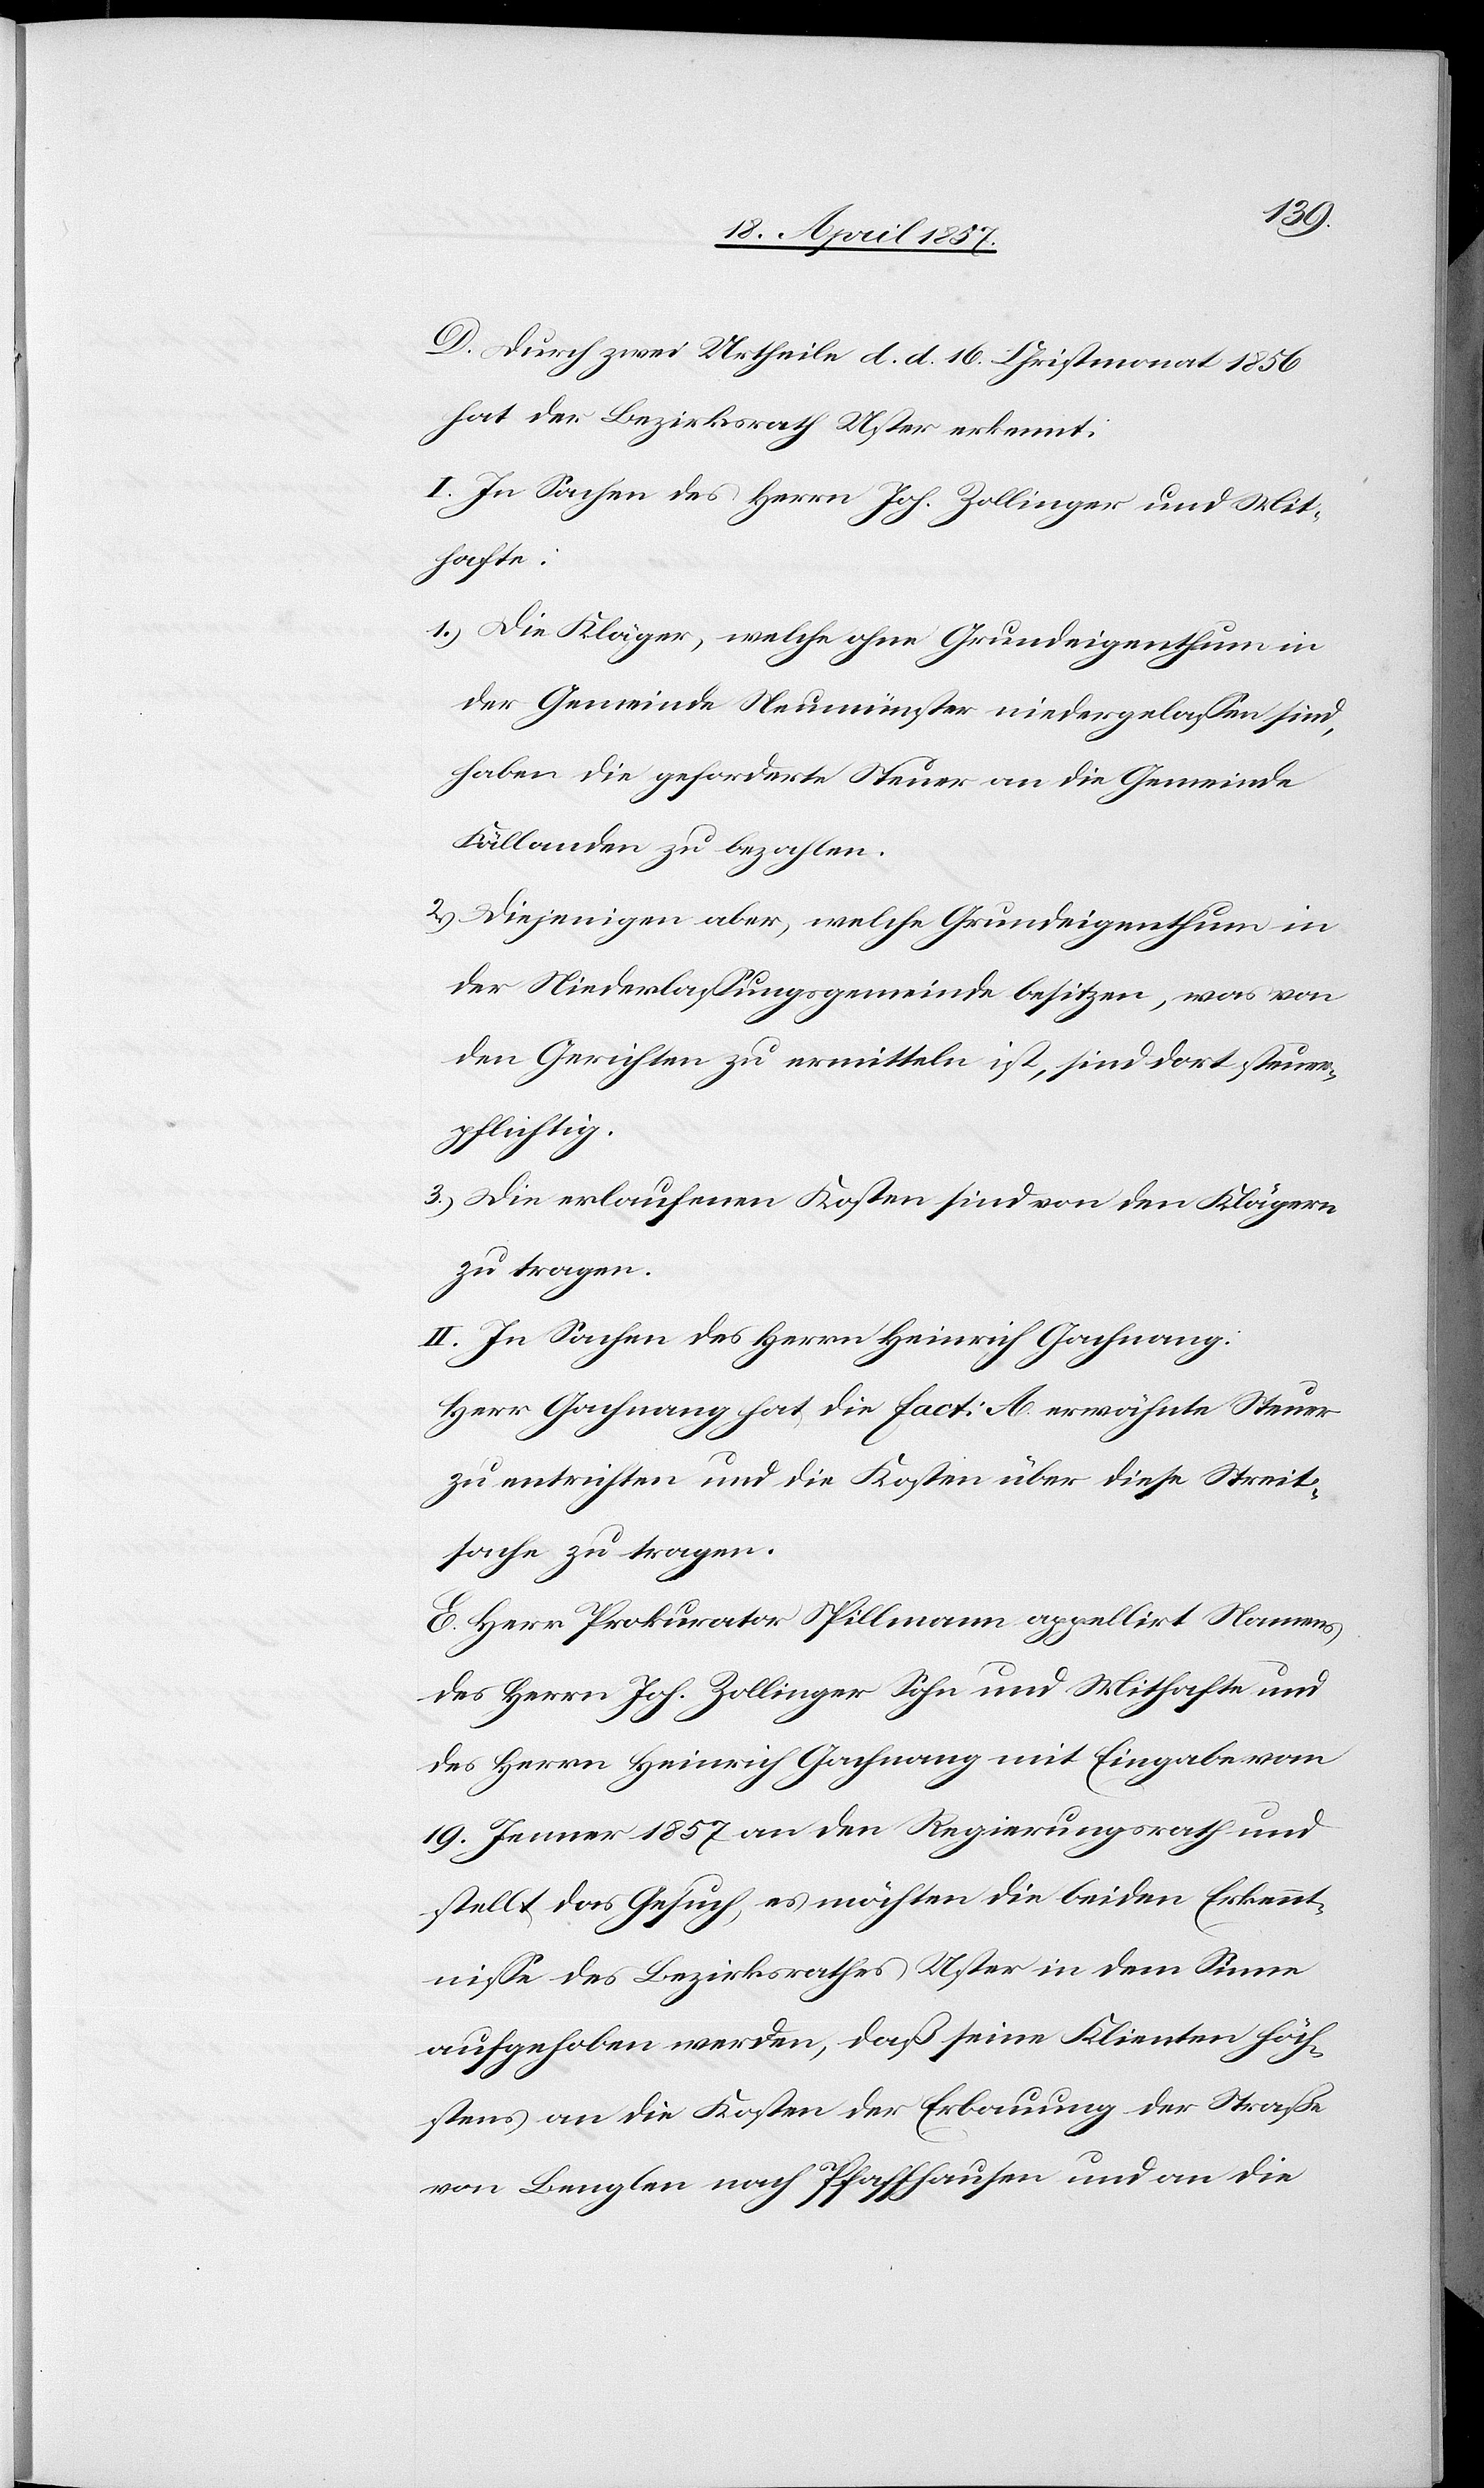
D. Durch zwei Urtheile d. d. 16. Christmonat 1856
hat der Bezirksrath Uster erkennt:
I. In Sachen des Herrn Joh. Zollinger und Mit¬
hafte:
1.) Die Kläger, welche ohne Grundeigenthum in
der Gemeinde Neumünster niedergelassen sind,
haben die geforderte Steuer an die Gemeinde
Fällanden zu bezahlen.
2.) Diejenigen aber, welche Grundeigenthum in
der Niederlassungsgemeinde besitzen, was von
den Gerichten zu ermitteln ist, sind dort steuer¬
pflichtig.
3.) Die erlaufenen Kosten sind von den Klägern
zu tragen.
II. In Sachen des Herrn Heinrich Gachnang:
Herr Gachnang hat die fact: A erwähnte Steuer
zu entrichten und die Kosten über diese Streit¬
sache zu tragen.
E. Herr Prokurator Spillmann appellirt Namens
des Herrn Joh. Zollinger Sohn und Mithafte und
des Herrn Heinrich Gachnang mit Eingabe vom
19. Jenner 1857 an den Regierungsrath und
stellt das Gesuch, es möchten die beiden Erkennt¬
nisse des Bezirksrathes Uster in dem Sinne
aufgehoben werden, daß seine Klienten höch¬
stens an die Kosten der Erbauung der Straße
von Benglen nach Pfaffhausen und an die